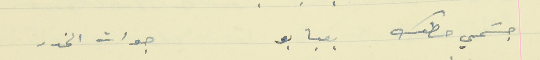
جسَمي حطك بعبابو                                 جوات الخدر